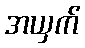
အယှက်